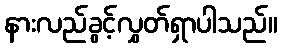
နားလည်ခွင့်လွှတ်ရှာပါသည်။